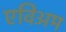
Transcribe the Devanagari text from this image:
एविअम